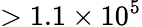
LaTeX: >1.1\times 10^{5}